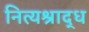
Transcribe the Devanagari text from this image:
नित्यश्राद्ध